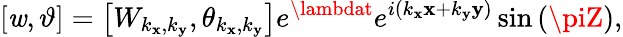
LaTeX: \left[\mathit{w},\vartheta\right]=\left[W_{k_{\mathbf{x}},k_{\mathbf{y}}},\theta_{k_{\mathbf{x}},k_{\mathbf{y}}}\right]e^{\lambdat}e^{i\left(k_{\mathbf{x}}\mathbf{x}+k_{\mathbf{y}}\mathbf{y}\right)}\sin\left(\piZ\right),